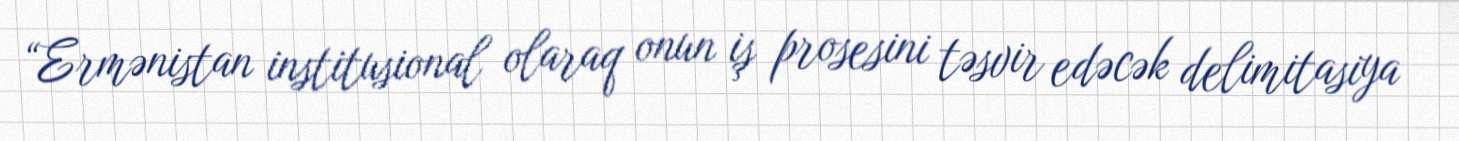
“Ermənistan institusional olaraq onun iş prosesini təsvir edəcək delimitasiya